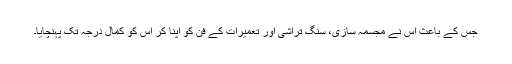
جس کے باعث اس نے مجسمہ سازی، سنگ تراشی اور تعمیرات کے فن کو اپنا کر اس کو کمال درجہ تک پہنچایا۔